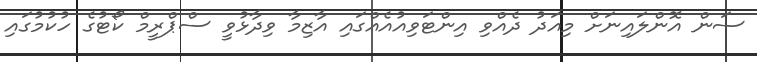
ސަން އޮންލައިނަށް މިއަދު ދެއްވި އިންޓަވިއުއެއްގައި އާޒިމާ ވިދާޅުވީ ސްޕްރީމް ކޯޓުގެ ހުކުމުގައި